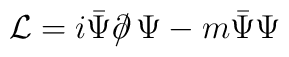
{\cal L} = i \bar{\Psi} \partial \!\!\!/\, \Psi - m \bar{\Psi} \Psi